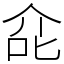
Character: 㖋